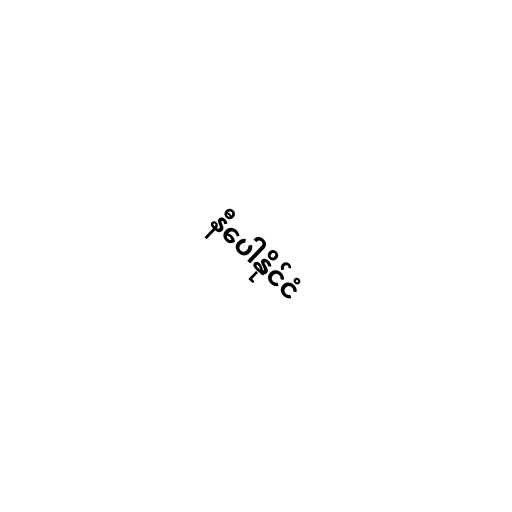
နီပေါနိုင်ငံ